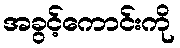
အခွင့်ကောင်းကို